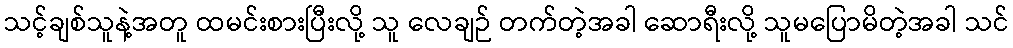
သင့်ချစ်သူနဲ့အတူ ထမင်းစားပြီးလို့ သူ လေချဉ် တက်တဲ့အခါ ဆောရီးလို့ သူမပြောမိတဲ့အခါ သင်